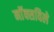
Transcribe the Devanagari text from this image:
नाॅक्सविले